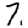
Digit: 7